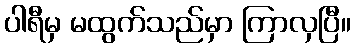
ပါရီမှ မထွက်သည်မှာ ကြာလှပြီ။